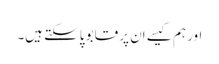
اور ہم کیسے اِن پر قابو پاسکتے ہیں۔